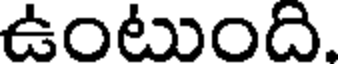
ఉంటుంది.